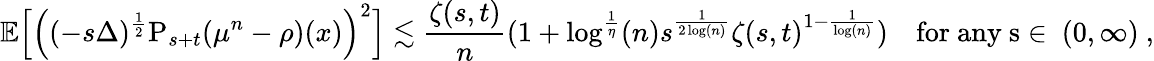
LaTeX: \mathbb{E}\Big[\Big((-s\Delta)^{\frac{1}{2}}\mathrm{P}_{s+t}(\mu^{n}-\rho)(x)\Big)^{2}\Big]\lesssim\frac{\zeta(s,t)}{n}(1+\log^{\frac{1}{\eta}}(n)s^{\frac{1}{2\log(n)}}\zeta(s,t)^{1-\frac{1}{\log(n)}})\quad\mathrm{for~any~s\in~(0,\infty)~,}